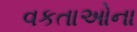
વકતાઓના